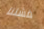
فشلنا